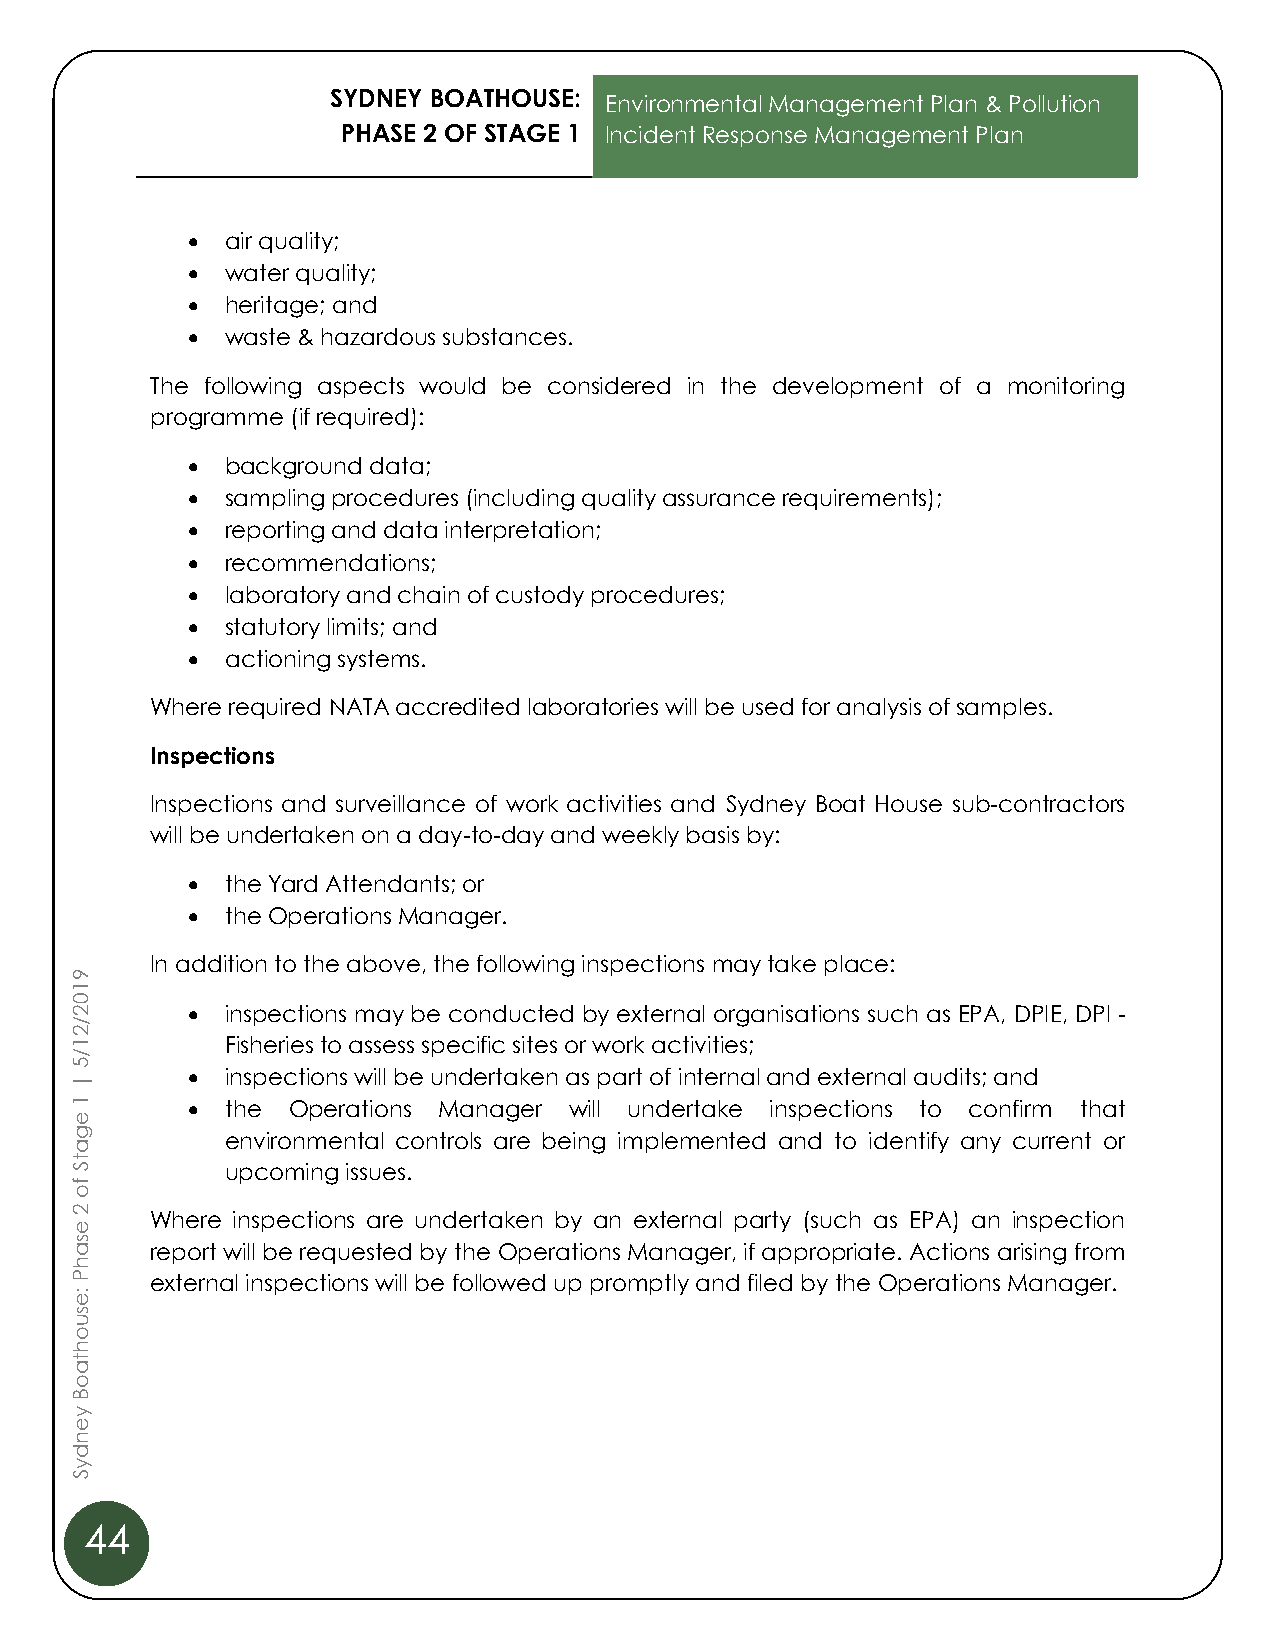
SYDNEY BOATHOUSE:
 Environmental Management Plan & Pollution
 PHASE 2 OF STAGE 1 Incident Response Management Plan
 •  air quality;
 •  water quality;
 •  heritage; and
 •  waste & hazardous substances.
 The following aspects would be considered in the development of a monitoring
 programme (if required):
 •  background data;
 •  sampling procedures (including quality assurance requirements);
 •  reporting and data interpretation;
 •  recommendations;
 •  laboratory and chain of custody procedures;
 •  statutory limits; and
 •  actioning systems.
 Where required NATA accredited laboratories will be used for analysis of samples.
 Inspections
 Inspections and surveillance of work activities and Sydney Boat House sub-contractors
 will be undertaken on a day-to-day and weekly basis by:
 •  the Yard Attendants; or
 •  the Operations Manager.
 9
 In addition to the above, the following inspections may take place:
 1
 0
 2      •  inspections may be conducted by external organisations such as EPA, DPIE, DPI -
 /
 2
 1         Fisheries to assess specific sites or work activities;
 /
 5
 |
 •  inspections will be undertaken as part of internal and external audits; and
 1      •  the Operations Manager will undertake inspections to confirm that
 e
 g         environmental controls are being implemented and to identify any current or
 a
 t
 S         upcoming issues.
 f
 o
 2
 e
 Where inspections are undertaken by an external party (such as EPA) an inspection
 s
 a    report will be requested by the Operations Manager, if appropriate. Actions arising from
 h
 P    external inspections will be followed up promptly and filed by the Operations Manager.
 :e
 s
 u
 o
 h
 t
 a
 o
 B
 y
 e
 n
 d
 y
 S
 44